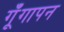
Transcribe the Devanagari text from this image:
गूँगापन